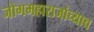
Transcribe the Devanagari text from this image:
जोगमहाराजांच्याच